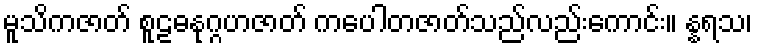
မူသိကဇာတ် စူဠဓနုဂ္ဂဟဇာတ် ကပေါတဇာတ်သည်လည်းကောင်း။ န္နရသ၊